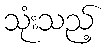
သုံးသည့်